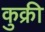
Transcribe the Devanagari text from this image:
कुक्री